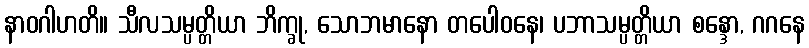
နာဝဂါဟတိ။ သီလသမ္ပတ္တိယာ ဘိက္ခု, သောဘမာနော တပေါဝနေ၊ ပဘာသမ္ပတ္တိယာ စန္ဒော, ဂဂနေ